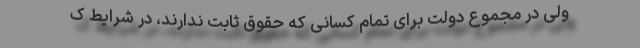
ولی در مجموع دولت برای تمام کسانی که حقوق ثابت ندارند، در شرایط ک